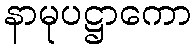
နာမုပဋ္ဌာကော